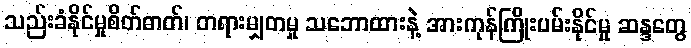
သည်းခံနိုင်မှုစိတ်ဓာတ်၊ တရားမျှတမှု သဘောထားနဲ့ အားကုန်ကြိုးပမ်းနိုင်မှု ဆန္ဒတွေ